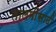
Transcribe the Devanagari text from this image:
तालमींसाठी